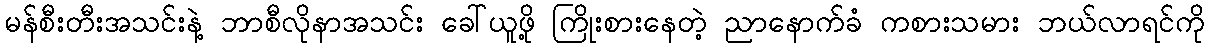
မန်စီးတီးအသင်းနဲ့ ဘာစီလိုနာအသင်း ခေါ်ယူဖို့ ကြိုးစားနေတဲ့ ညာနောက်ခံ ကစားသမား ဘယ်လာရင်ကို